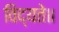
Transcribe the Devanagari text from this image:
विद्यते॥